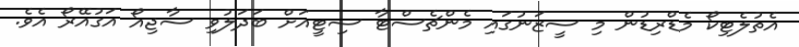
އެތުލެޓިކޯ މެޑްރިޑުން މި ސީޒަނުގައި މެންޗެސްޓާ ސިޓީއަށް ބަދަލުވި ސާޖިއޯ އަގުއޭރޯ އެވެ.